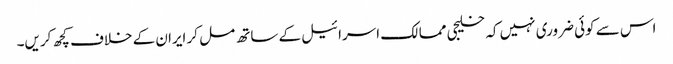
اس سے کوئی ضروری نہیں کہ خلیجی ممالک اسرائیل کے ساتھ مل کر ایران کے خلاف کچھ کریں۔